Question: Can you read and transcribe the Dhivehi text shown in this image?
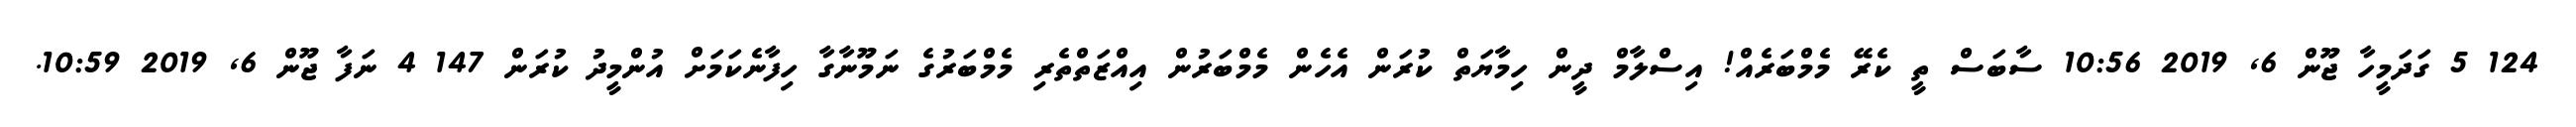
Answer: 124 5 ގަދަމީހާ ޖޫން 6, 2019 10:56 ސާބަސް ތީ ކެރޭ މެމްބަރެއް! އިސްލާމް ދީން ހިމާޔަތް ކުރަން އެހެން މެމްބަރުން އިއްޒަތްތެރި މެމްބަރުގެ ނަމޫނާގާ ހިފާނެކަމަށް އުންމީދު ކުރަން 147 4 ނަފާ ޖޫން 6, 2019 10:59.